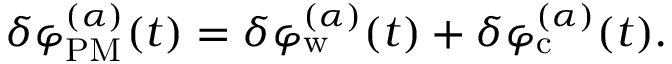
\delta \varphi _ { \mathrm { P M } } ^ { ( \alpha ) } ( t ) = \delta \varphi _ { \mathrm { w } } ^ { ( \alpha ) } ( t ) + \delta \varphi _ { \mathrm { c } } ^ { ( \alpha ) } ( t ) .